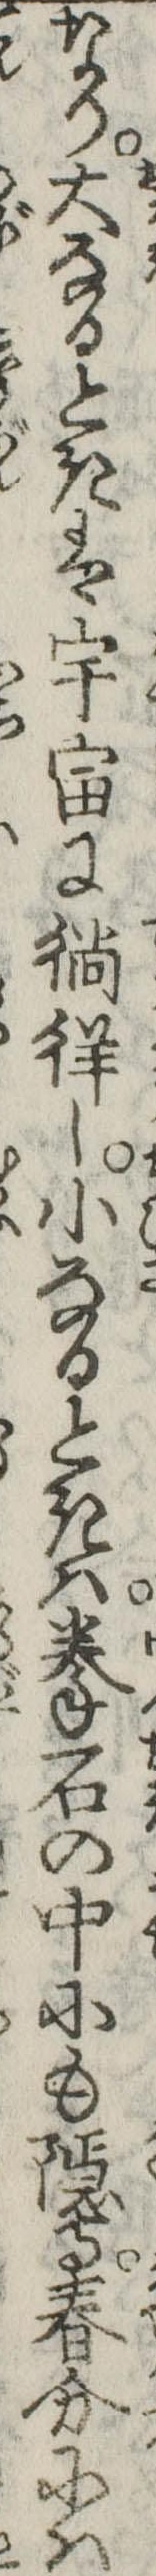
なり大なるときは宇宙に徜徉し小なるときは拳石の中にも隠る春分には